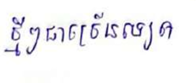
ថ្មីៗជាច្រើនទៀត